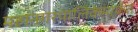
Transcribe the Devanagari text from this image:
महानगरपालिकेमार्फत